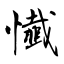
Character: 懴